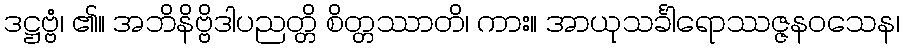
ဒဋ္ဌဗ္ဗံ၊ ၏။ အဘိနိဗ္ဗိဒါပညတ္တိ စိတ္တဿာတိ၊ ကား။ အာယုသင်္ခါရောဿဇ္ဇနဝသေန၊